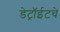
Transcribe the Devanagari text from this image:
डेट्रॉईटचे